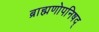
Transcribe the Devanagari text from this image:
ब्राह्मणोपनिषद्